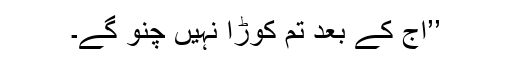
’’آج کے بعد تم کُوڑا نہیں چُنو گے۔